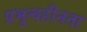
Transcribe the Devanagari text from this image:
प्रभुत्वहीनता